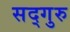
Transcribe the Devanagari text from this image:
सद्‍गुरु